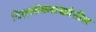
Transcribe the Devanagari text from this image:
विश्वलोकसंख्येतील